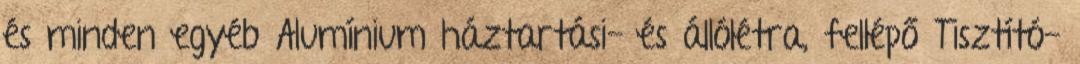
és minden egyéb Alumínium háztartási- és állólétra, fellépő Tisztító-